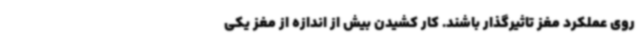
روی عملکرد مغز تاثیرگذار باشند. کار کشیدن بیش از اندازه از مغز یکی